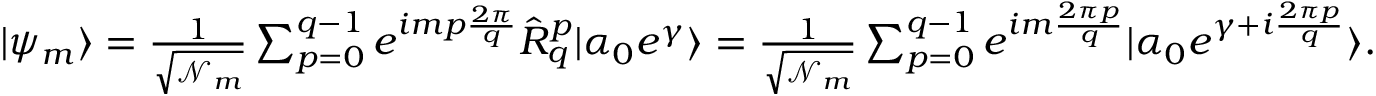
\begin{array} { r } { | \psi _ { m } \rangle = \frac { 1 } { \sqrt { \mathcal { N } _ { m } } } \sum _ { p = 0 } ^ { q - 1 } e ^ { i m p \frac { 2 \pi } { q } } \hat { R } _ { q } ^ { p } | \alpha _ { 0 } e ^ { \gamma } \rangle = \frac { 1 } { \sqrt { \mathcal { N } _ { m } } } \sum _ { p = 0 } ^ { q - 1 } e ^ { i m \frac { 2 \pi p } { q } } | \alpha _ { 0 } e ^ { \gamma + i \frac { 2 \pi p } { q } } \rangle . } \end{array}